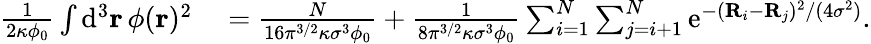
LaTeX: \begin{array}{rl}{\frac{1}{2\kappa\phi_{0}}\int\mathrm{d}^{3}\mathbf{r}\, \phi(\mathbf{r})^{2}}&{{}=\frac{N}{16\pi^{3/2}\kappa\sigma^{3}\phi_{0}}+\frac{1}{8\pi^{3/2}\kappa\sigma^{3}\phi_{0}}\sum_{i=1}^{N}\sum_{j=i+1}^{N}\mathrm{e}^{-(\mathbf{R}_{i}-\mathbf{R}_{j})^{2}/(4\sigma^{2})}.}\end{array}